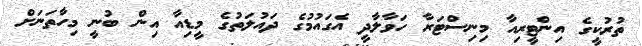
ތުރުކީގެ އިންޓީރިއާ މިނިސްޓަރާ ހަވާލާދީ އެގައުމުގެ ދައުލަތުގެ މީޑިއާ އިން ބުނީ މިހާތަނަށް